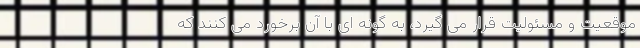
موقعیت و مسئولیت قرار می گیرد، به گونه ای با آن برخورد می کنند که